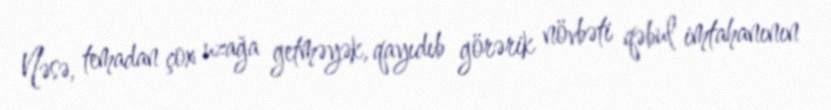
Nəsə, temadan çox uzağa getməyək, qayıdıb görərik növbəti qəbul imtahanının